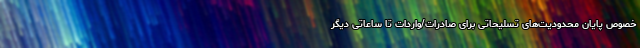
خصوص پایان محدودیت‌های تسلیحاتی برای صادرات/واردات تا ساعاتی دیگر